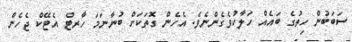
ސަބަބުން ހިތުގެ ބައެއް ހަލާކުވެގެންނެވެ. އެހެން ގޮތަކަށް ބުނާނަމަ ހާރޓް އެޓޭކް ޖެހެން